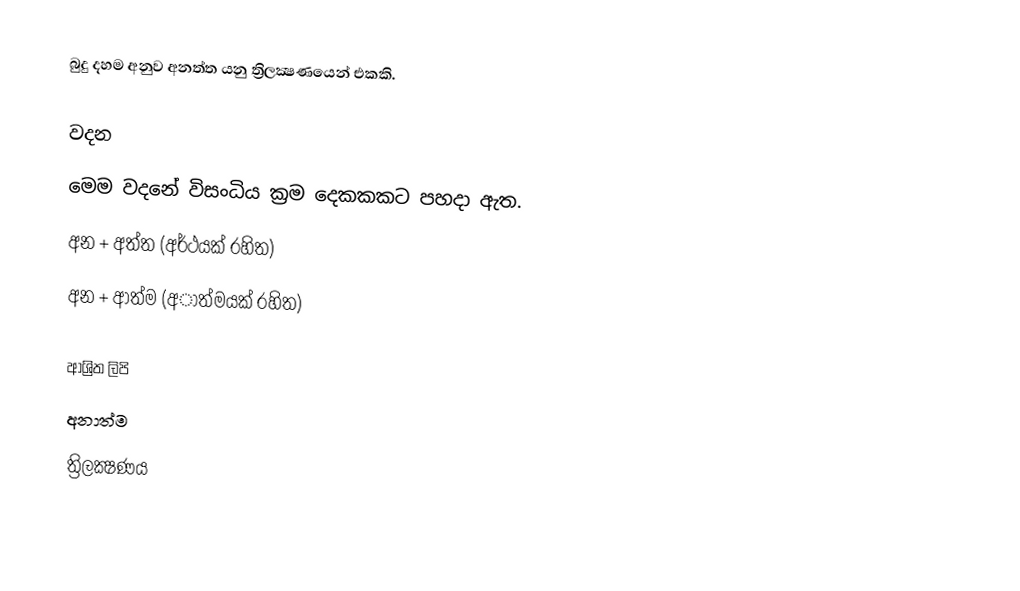
බුදු දහම අනුව අනත්ත යනු ත්‍රිලක්‍ෂණයෙන් එකකි.

වදන
මෙම වදනේ විසංධිය ක්‍රම දෙකකකට පහදා ඇත.
 අන + අත්ත (අර්ථයක් රහිත)
 අන + ආත්ම (අාත්මයක් රහිත)

ආශ්‍රිත ලිපි
 අනාත්ම
ත්‍රිලක්‍ෂණය